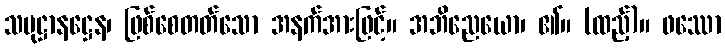
သမုဋ္ဌာနဋ္ဌေန၊ ဖြစ်စေတတ်သော အနက်အားဖြင့်။ အဘိညေယော၊ ၏။ (ထည့်)။ ဖဿော